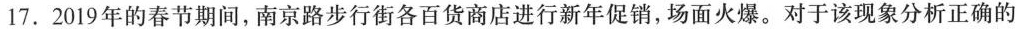
17.2019年的春节期间，南京路步行街各百货商店进行新年促销，场面火爆。对于该现象分析正确的